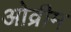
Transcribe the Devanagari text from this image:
ओव्रीम